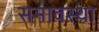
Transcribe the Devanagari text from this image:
समावस्था